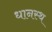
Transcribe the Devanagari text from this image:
धानस्थ